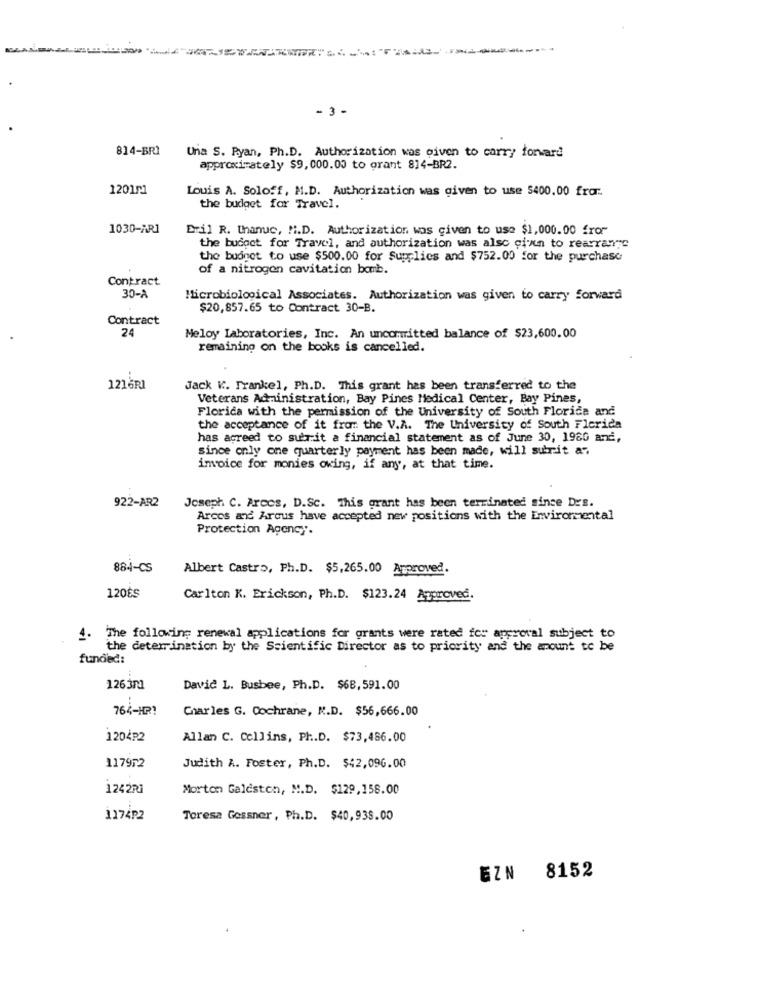
- 3 -
814-BRI
Una S. Ryan, Ph.D. Authorization was given to carry forward
approximately $9, 000.00 to grant 814-BR2.
120151
Louis A. Soloff, M.D. Authorization was given to use 5400.00 fror.
the budget for Travel.
1030-AR1
Eril R. thanuc, N.D. Authorization was given to use $1,000.00 fror
the budget for Travel, and authorization was also cin to rearrange
the budget to use $500.00 for Supplies and $752.00 for the purchase
of a nitrogen cavitation bomb.
Contract
30-A
Microbiological Associates. Authorization was given to carry forward
$20,857.65 to Contract 30-B.
Contract
24
Meloy Laboratories, Inc. An uncommitted balance of $23,600.00
remaining on the books is cancelled.
1216RI
Jack K. Frankel, Ph.D. This grant has been transferred to the
Veterans Administration, Bay Pines Medical Center, Bay Pines,
Florida with the permission of the University of South Florida and
the acceptance of it fra: the V.A. The University of South Florida
has agreed to submit a financial statement as of June 30, 1980 and,
since only one quarterly payment has been made, will submit as
invoice for monies owing, if any, at that time.
Joseph C. Arcos, D.Sc. This grant has been terminated since Drs.
922-AR2
Arcos and Arous have accepted new positions with the Environmental
Protection Agency.
884-CS
Albert Castro, Ph.D. $5,265.00 Approved.
120ÈS
Carlton K. Erickson, Ph.D. $123.24 Approved.
4. The following renewal applications for grants were rated for approval subject to
the determination by the Scientific Director as to priority and the amount to be
funded:
126 3rd
David L. Busbee, Ph.D. $68,591.00
764-HR!
Charles G. Cochrane, N.D. $56,666.00
1204P2
Allan C. Collins, Ph.D. $73,486.00
117972
Judith A. Foster, Ph.D. $42,096.00
1242RI
Morton Galeston, M.D. $129,158.00
1174P2
Toresa Gessner, Ph.D. $40,938.00
EZN
8152